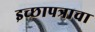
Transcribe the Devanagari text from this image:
इच्छापत्राचा